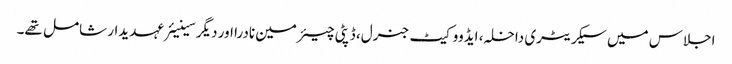
اجلاس میں سیکریٹری داخلہ، ایڈووکیٹ جنرل، ڈپٹی چیئرمین نادرا اور دیگر سینیئرعہدیدار شامل تھے۔